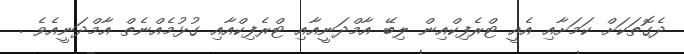
ދެގޮތަކަށް ކަމަށާއި އެއީ ޓްރެފިކްއިން ލިބޭ އާމްދަނީއާއި ޓްރެފިކްއާއި ގުޅުމެއްނެތް އާމްދަނީއެވެ .